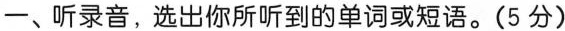
-、听录音,选出你所听到的单词或短语。(5 分)